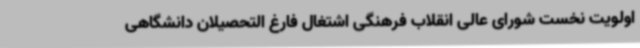
اولویت نخست شورای عالی انقلاب فرهنگی اشتغال فارغ التحصیلان دانشگاهی